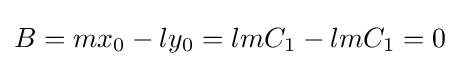
B=mx_{0}-ly_{0}=lmC_{1}-lmC_{1}=0